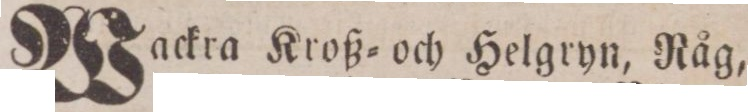
Wackra Kroß= och Helgryn, Råg,